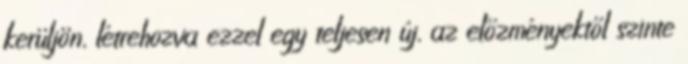
kerüljön, létrehozva ezzel egy teljesen új, az előzményektől szinte